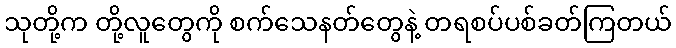
သုတို့က တို့လူတွေကို စက်သေနတ်တွေနဲ့ တရစပ်ပစ်ခတ်ကြတယ်